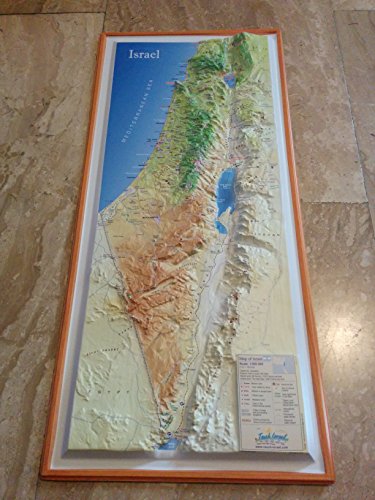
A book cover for Raised Relief 3D Map of Israel (LARGE: 20" x 9") with Sites of Christian Interest; Travel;